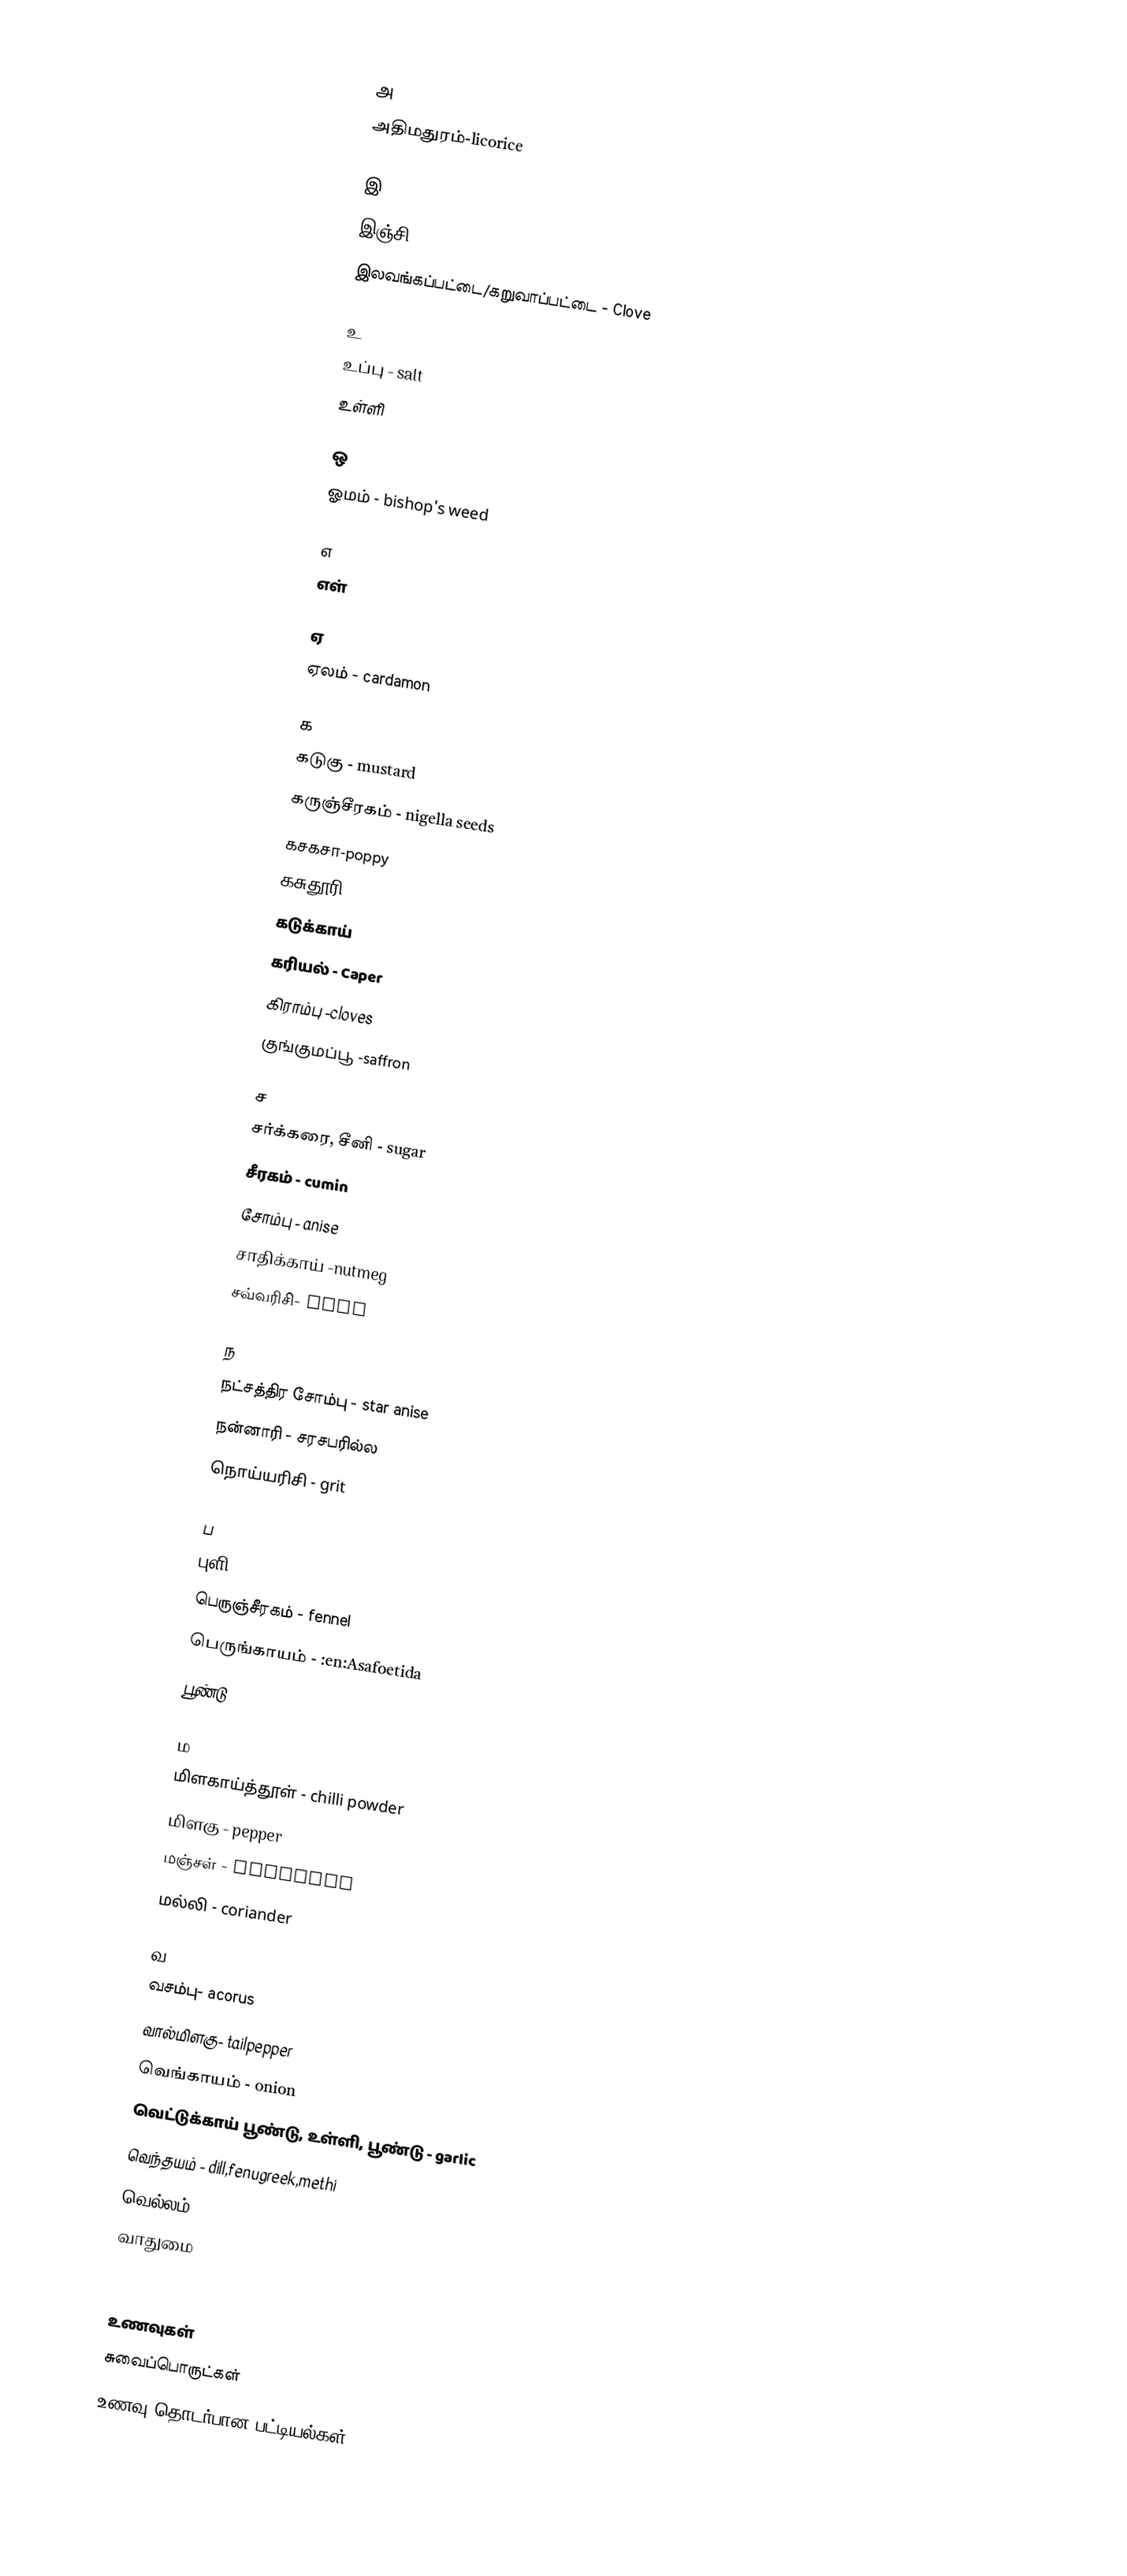

அ
 அதிமதுரம்-licorice

இ
 இஞ்சி - Ginger
 இலவங்கப்பட்டை/கறுவாப்பட்டை - Clove

உ
 உப்பு - salt
 உள்ளி

ஒ
 ஓமம் - bishop's weed

எ
 எள்

ஏ
 ஏலம் - cardamon

க
 கடுகு - mustard
 கருஞ்சீரகம் - nigella seeds
 கசகசா-poppy
 கசுதூரி - musk
 கடுக்காய்
 கரியல் - Caper
 கிராம்பு -cloves
 குங்குமப்பூ -saffron

ச
 சர்க்கரை, சீனி - sugar
 சீரகம் - cumin
 சோம்பு - anise
 சாதிக்காய் -nutmeg
 சவ்வரிசி- sago

ந
 நட்சத்திர சோம்பு - star anise
 நன்னாரி - சரசபரில்ல
 நொய்யரிசி - grit

ப
 புளி - tamarind
 பெருஞ்சீரகம் - fennel
 பெருங்காயம் - :en:Asafoetida
 பூண்டு

ம
 மிளகாய்த்தூள் - chilli powder
 மிளகு - pepper
 மஞ்சள் - turmeric
 மல்லி - coriander

வ
 வசம்பு- acorus
 வால்மிளகு- tailpepper
 வெங்காயம் - onion
 வெட்டுக்காய் பூண்டு, உள்ளி, பூண்டு - garlic
 வெந்தயம் - dill,fenugreek,methi
 வெல்லம் - jaggery
 வாதுமை

உணவுகள்
சுவைப்பொருட்கள்
உணவு தொடர்பான பட்டியல்கள்